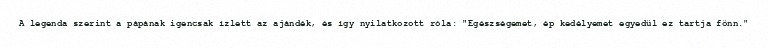
A legenda szerint a pápának igencsak ízlett az ajándék, és így nyilatkozott róla: "Egészségemet, ép kedélyemet egyedül ez tartja fönn."